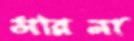
সরিনা